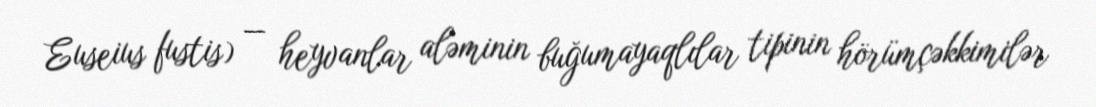
Euseius fustis) — heyvanlar aləminin buğumayaqlılar tipinin hörümçəkkimilər